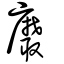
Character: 黀